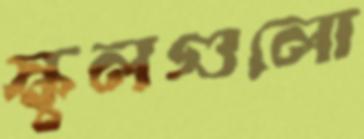
স্কুলগুলো